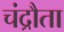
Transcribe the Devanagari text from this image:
चंद्रौता